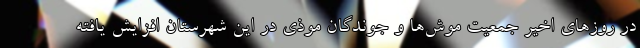
در روزهای اخیر جمعیت موش‌ها و جوندگان موذی در این شهرستان افزایش یافته